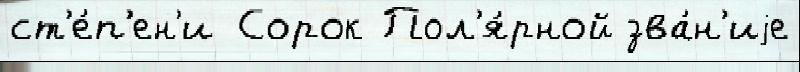
ст'е́п'ен'и Сорок Пол'я́рной зва́н'иjе